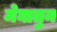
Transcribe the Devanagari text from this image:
मेघातुन